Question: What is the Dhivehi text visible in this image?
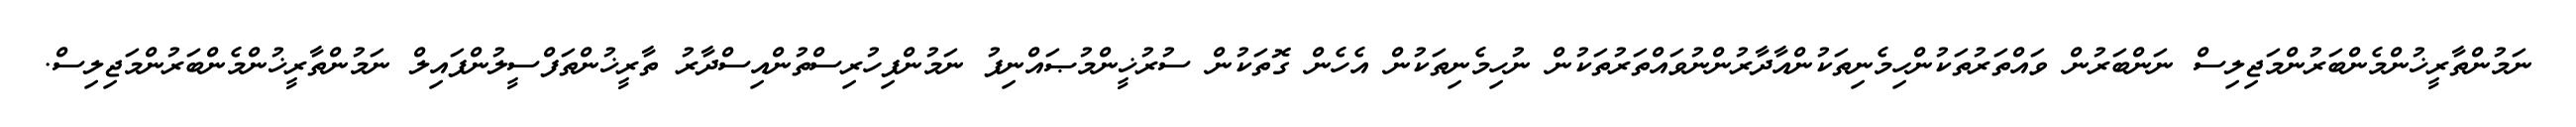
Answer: ނަމުންތާރީޚުންމެންބަރުންމަޖިލިސް ނަންބަރުން ވައްތަރުތަކުންހިމެނިތަކުންއާދާރުންނުވައްތަރުތަކުން ނުހިމެނިތަކުން އެހެން ގޮތަކުން ސުރުޚީންމުޞައްނިފު ނަމުންފިހުރިސްތުންއިސްދާރު ތާރީޚުންތަފްސީލުންފައިލް ނަމުންތާރީޚުންމެންބަރުންމަޖިލިސް.